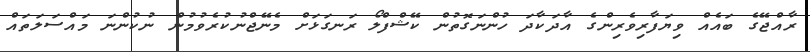
ރާއްޖޭގެ ބައެއް ވިޔަފާރިވެރިންގެ އާދަކާދަ ހުންނަގޮތުން ކޭޝްފްލޯ ރަނގަޅަށް މެނޭޖްނުކުރެވުމުން ނުކުންނަ މައްސަލަތައް